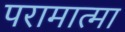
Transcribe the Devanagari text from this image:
परामात्मा